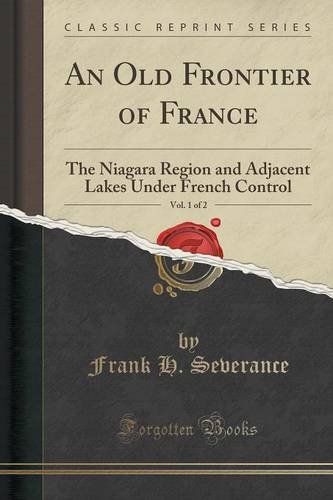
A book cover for An Old Frontier of France, Vol. 1 of 2: The Niagara Region and Adjacent Lakes Under French Control (Classic Reprint); Frank H. Severance; History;